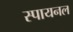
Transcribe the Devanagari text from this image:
स्पायनल